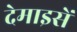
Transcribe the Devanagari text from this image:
देमाइसें